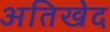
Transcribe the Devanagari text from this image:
अतिखेद